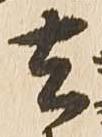
去